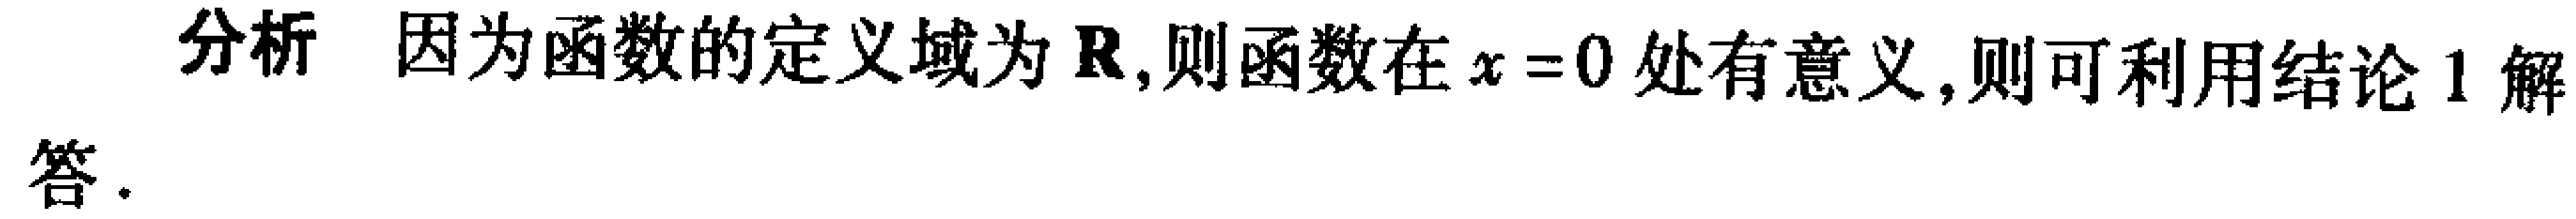
分析 因为函数的定义域为\(\mathbb{R}\),则函数在\(x = 0\)处有意义,则可利用结论1解

答.